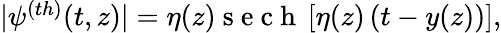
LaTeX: \begin{array}{r}{|\psi^{(th)}(t,z)|=\eta(z)\mathrm{~s~e~c~h~}\left[\eta(z)\left(t-y(z)\right)\right],}\end{array}